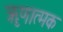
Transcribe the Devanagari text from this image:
ॠणात्मक